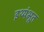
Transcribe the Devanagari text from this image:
इथ्यंभूत